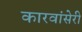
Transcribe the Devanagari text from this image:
कारवांसेरी